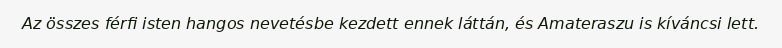
Az összes férfi isten hangos nevetésbe kezdett ennek láttán, és Amateraszu is kíváncsi lett.